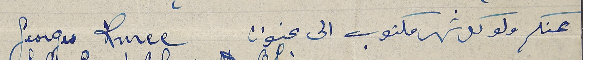
عنكم ولو كل شهر مكتوب الى عنوان  Georges Ruree